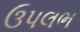
ઉપલભ